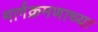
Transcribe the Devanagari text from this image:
मार्गक्रमणाच्या